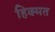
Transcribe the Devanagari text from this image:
हिक्मत